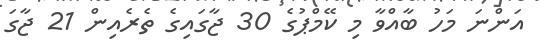
އަންނަ މަހު ބާއްވާ މި ކޭމްޕުގެ 30 ޖާގައިގެ ތެރެއިން 21 ޖާގަ